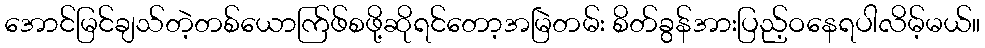
အောင်မြင်ချသ်တဲ့တစ်ယောက်ြဖ်စဖို့ဆိုရင်တော့အမြဲတမ်း စိတ်ခွန်အားပြည့်ဝနေရပါလိမ့်မယ်။